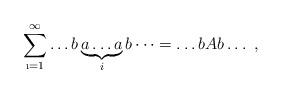
LaTeX: \begin{align*}\sum_{\i=1}^\infty \dots b\underbrace{a\dots a}_ib\dots =\dots b Ab\dots \ ,\end{align*}